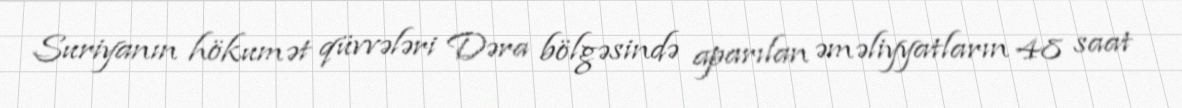
Suriyanın hökumət qüvvələri Dəra bölgəsində aparılan əməliyyatların 48 saat